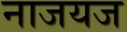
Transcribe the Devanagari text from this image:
नाजयज